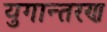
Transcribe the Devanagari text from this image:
युगान्तरण